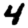
Digit: 4